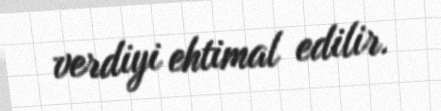
verdiyi ehtimal edilir.